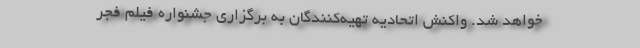
خواهد شد. واکنش اتحادیه تهیه‌کنندگان به برگزاری جشنواره فیلم فجر